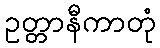
ဥတ္တာနီကာတုံ